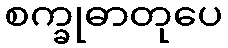
စက္ခုဓာတုပေ